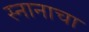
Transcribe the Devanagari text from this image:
स्नानाचा